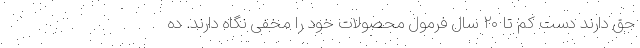
حق دارند دست کم تا ۲۰ سال فرمول محصولات خود را مخفی نگاه دارند. ده